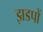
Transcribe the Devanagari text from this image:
झडपों